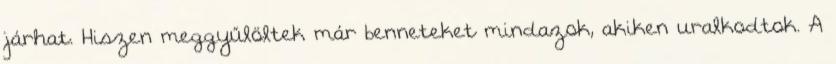
járhat. Hiszen meggyűlöltek már benneteket mindazok, akiken uralkodtok. A